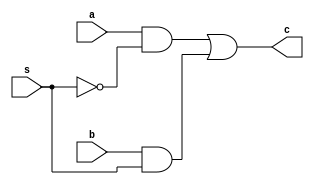
`timescale 1ns / 1ps

/*******************************************************************  
*  
* Module: MUX2x1.v  
* Project: SSRisc  
* Description: a 2 by 1 multiplexer 
*  
* Change history: 17/06/19 - created in lab  
*                 
*  **********************************************************************/ 


module MUX2x1(
input a, 
input b, 
input s, 
output c 
    );
 wire and1;
 wire and2;
 wire nots;
 
 assign nots=~s;
 assign and1= a&nots;
 assign and2= b&s;
 assign c= and1|and2;
 
   
  
endmodule